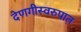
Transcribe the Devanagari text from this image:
देणगीस्वरुपात